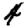
Digit: 4